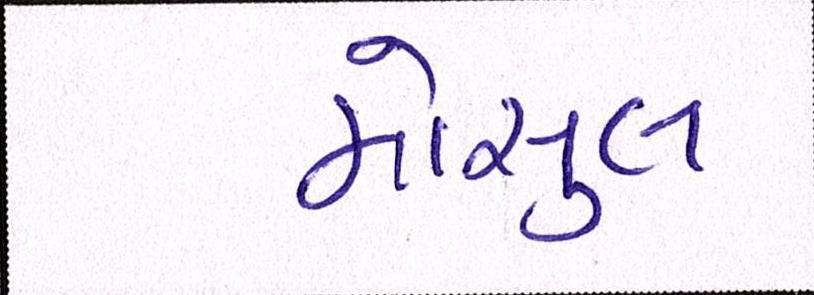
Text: મોસુલ